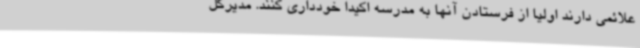
علائمی دارند اولیا از فرستادن آنها به مدرسه اکیدا خودداری کنند. مدیرکل